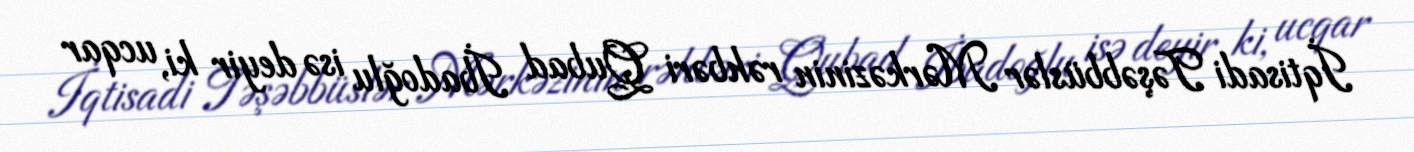
İqtisadi Təşəbbüslər Mərkəzinin rəhbəri Qubad İbadoğlu isə deyir ki, ucqar